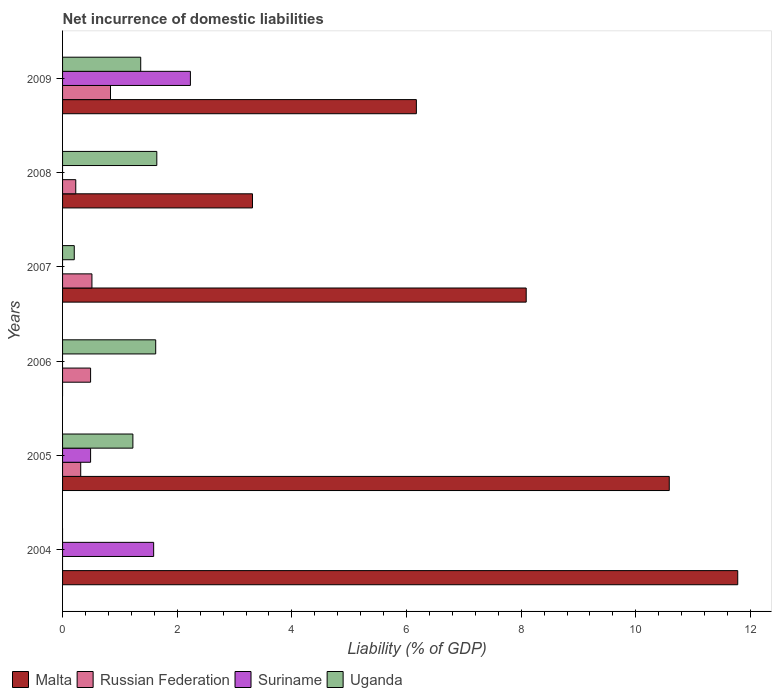
| Years | Malta | Russian Federation | Suriname | Uganda |
 | --- | --- | --- | --- | --- |
 | 2004 | 11.8 | -0.0644 | 1.59 | -0.476 |
 | 2005 | 10.6 | 0.317 | 0.489 | 1.23 |
 | 2006 | -0.115 | 0.489 | -0.102 | 1.62 |
 | 2007 | 8.09 | 0.513 | -2.33 | 0.204 |
 | 2008 | 3.31 | 0.23 | -1.99 | 1.64 |
 | 2009 | 6.17 | 0.836 | 2.23 | 1.36 |